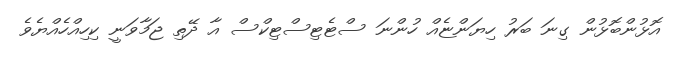
އޮޅުންބޮޅުން ގިނަ ބަރު ހިޔަންޏެއް ހުންނަ ސްޓެޓިސްޓިކްސް އާ ދޭތި ޖަމާވަނީ ކިހިއްހެއްޔެވެ